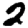
Digit: 2